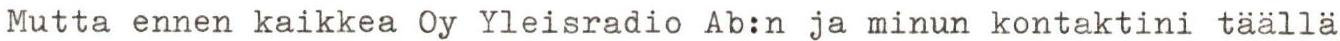
Mutta ennen kaikkea Oy Yleisradio Ab:n ja minun kontaktini täällä